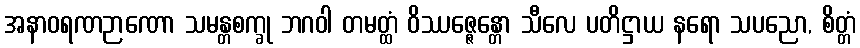
အနာဝရဏဉာဏော သမန္တစက္ခု ဘဂဝါ တမတ္ထံ ဝိဿဇ္ဇေန္တော သီလေ ပတိဋ္ဌာယ နရော သပညော, စိတ္တံ